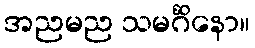
အညမည သမင်္ဂိနော။